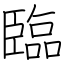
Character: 臨